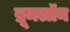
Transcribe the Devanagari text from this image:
ब्रूमलॉन